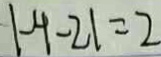
\vert - 4 - 2 \vert = 2